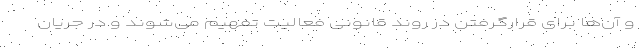
و آن‌ها برای قرارگرفتن در روند قانونی فعالیت تفهیم می‌شوند و در جریان